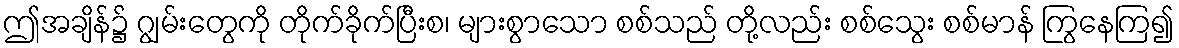
ဤအချိန်၌ ဂျွမ်းတွေကို တိုက်ခိုက်ပြီးစ၊ များစွာသော စစ်သည် တို့လည်း စစ်သွေး စစ်မာန် ကြွနေကြ၍